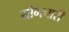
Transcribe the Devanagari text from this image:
योगचारी